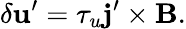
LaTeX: \delta{\mathbf{u}}^{\prime}=\tau_{u}{\mathbf{j}}^{\prime}\times{\mathbf{B}}.